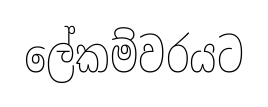
ලේකම්වරයට